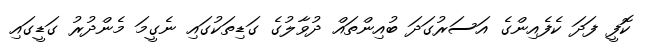
ކޮފީ ފަދަ ކެފެއިންގެ އަސަރުގަދަ ބުއިންތައް ދުވާލުގެ ގަޑިތަކުގައި ނެގީމަ މެންދުރު ގަޑީގައި